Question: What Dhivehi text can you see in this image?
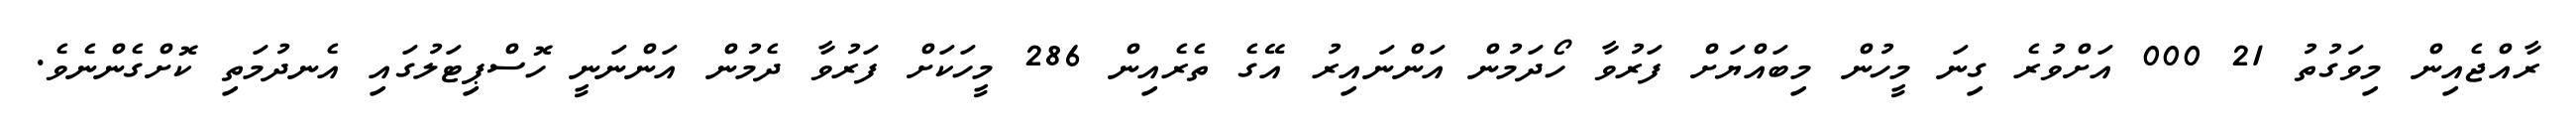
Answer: ރާއްޖެއިން މިވަގުތު 21 000 އަށްވުރެ ގިނަ މީހުން މިބައްޔަށް ފަރުވާ ހޯދަމުން އަންނައިރު އޭގެ ތެރެއިން 286 މީހަކަށް ފަރުވާ ދެމުން އަންނަނީ ހޮސްޕިޓަލުގައި އެނދުމަތި ކޮށްގެންނެވެ.